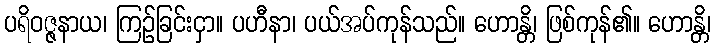
ပရိဝဇ္ဇနာယ၊ ကြဉ်ခြင်းငှာ။ ပဟီနာ၊ ပယ်အပ်ကုန်သည်။ ဟောန္တိ၊ ဖြစ်ကုန်၏။ ဟောန္တိ၊